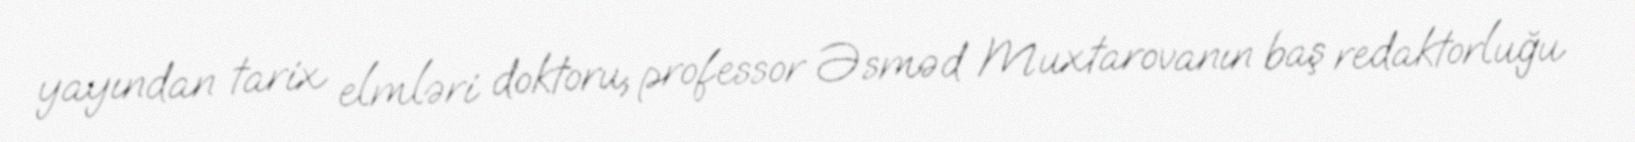
yayından tarix elmləri doktoru, professor Əsməd Muxtarovanın baş redaktorluğu